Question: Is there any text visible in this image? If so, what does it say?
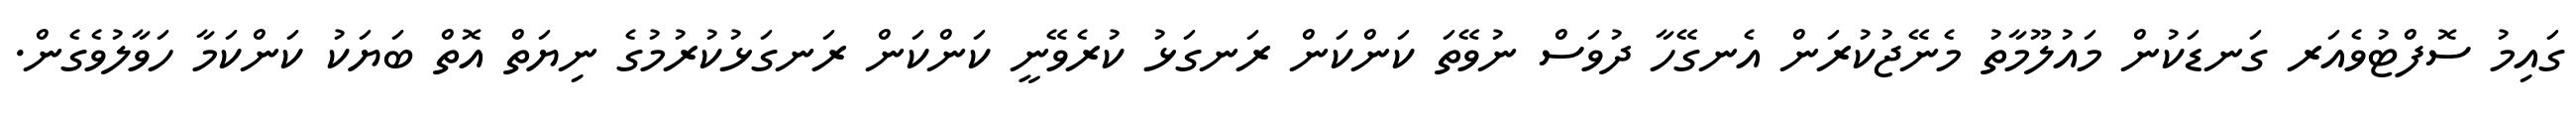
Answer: ގައިމު ސޮފްޓުވެއަރ ގަނޑަކުން މައުލޫމާތު މެނޭޖުކުރަން އެނގޭހާ ދުވަސް ނުވޭތަ ކަންކަން ރަނގަޅު ކުރެވޭނީ ކަންކަން ރަނގަޅުކުރުމުގެ ނިޔަތް އޮތް ބަޔަކު ކަންކަމާ ހަވާލުވެގެން.